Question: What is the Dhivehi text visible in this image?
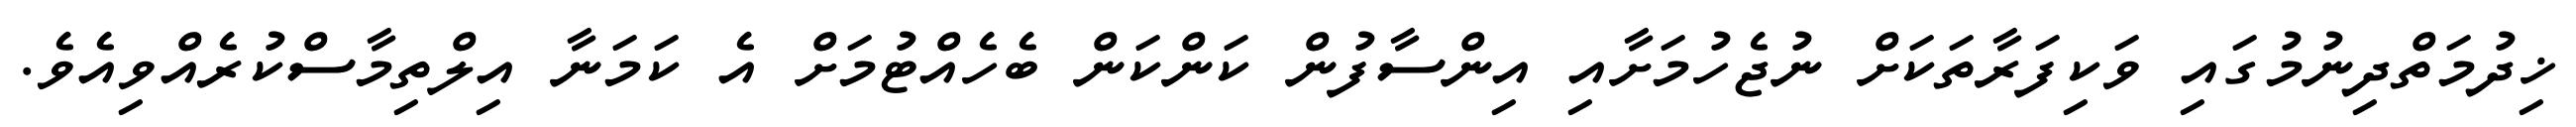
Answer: ޚިދުމަތްދިނުމުގައި ވަކިފަރާތަކަށް ނުޖެހުމަށާއި އިންސާފުން ކަންކަން ބެހެއްޓުމަށް އެ ކަމަނާ އިލްތިމާސްކުރެއްވިއެވެ.